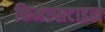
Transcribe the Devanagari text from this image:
किमेल्सटाइल